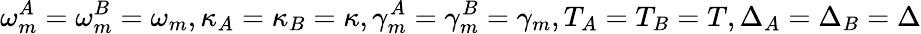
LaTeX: \omega_{m}^{A}=\omega_{m}^{B}=\omega_{m},\kappa_{A}=\kappa_{B}=\kappa,\gamma_{m}^{A}=\gamma_{m}^{B}=\gamma_{m},T_{A}=T_{B}=T,\Delta_{A}=\Delta_{B}=\Delta